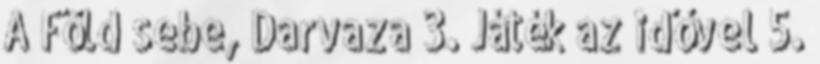
A Föld sebe, Darvaza 3. Játék az idővel 5.